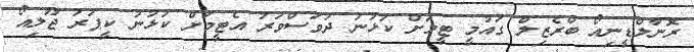
ރޮނާލްޑީނިއޯ ބްރެޒިލް ގައުމީ ޓީމަށް ކުޅުނު ދުވަސްވަރު އެޓީމަށް ކުޅުނު ކީޕަރު ޖޫލިއޯ